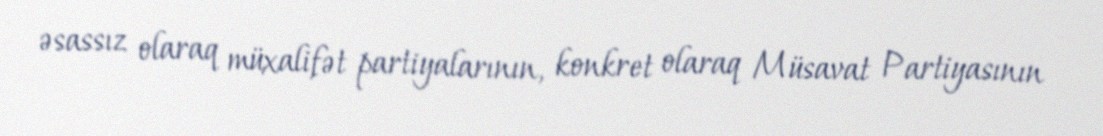
əsassız olaraq müxalifət partiyalarının, konkret olaraq Müsavat Partiyasının